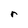
Character: r